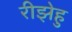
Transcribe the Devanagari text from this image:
रीझेहु